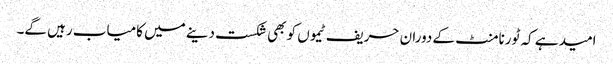
امید ہے کہ ٹورنامنٹ کے دوران حریف ٹیموں کو بھی شکست دینے میں کامیاب رہیں گے۔